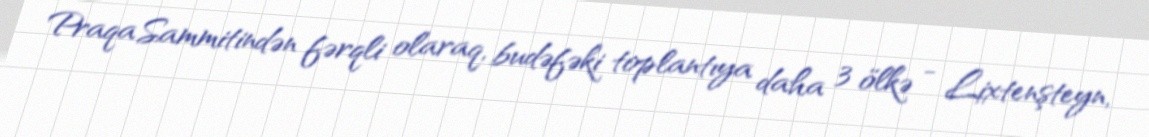
Praqa Sammitindən fərqli olaraq, budəfəki toplantıya daha 3 ölkə - Lixtenşteyn,